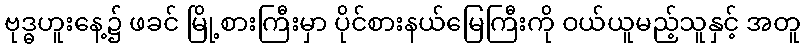
ဗုဒ္ဓဟူးနေ့၌ ဖခင် မြို့စားကြီးမှာ ပိုင်စားနယ်မြေကြီးကို ဝယ်ယူမည့်သူနှင့် အတူ